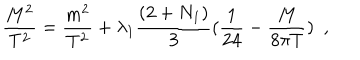
LaTeX: \frac { M ^ { 2 } } { T ^ { 2 } } = \frac { m ^ { 2 } } { T ^ { 2 } } + \lambda _ { 1 } \frac { ( 2 + N _ { 1 } ) } { 3 } ( \frac { 1 } { 2 4 } - \frac { M } { 8 \pi T } ) ~ ~ ,